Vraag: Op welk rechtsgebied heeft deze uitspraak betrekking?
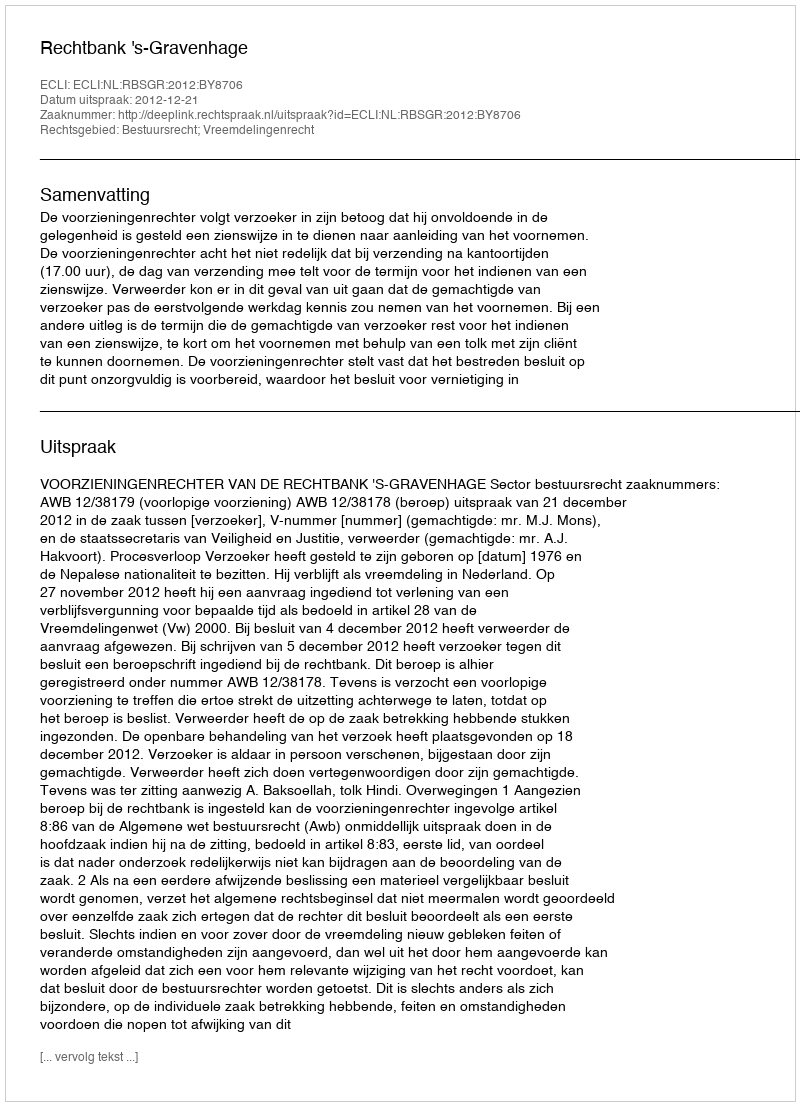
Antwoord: Bestuursrecht; Vreemdelingenrecht